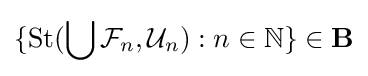
\{{\text{St}}(\bigcup {\mathcal {F}}_{n},{\mathcal {U}}_{n}):n\in \mathbb {N} \}\in \mathbf {B}